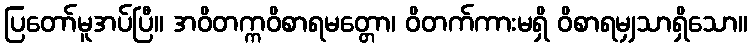
ပြတော်မူအပ်ပြီ။ အဝိတက္ကဝိစာရမတ္တော၊ ဝိတက်ကားမရှိ ဝိစာရမျှသာရှိသော။